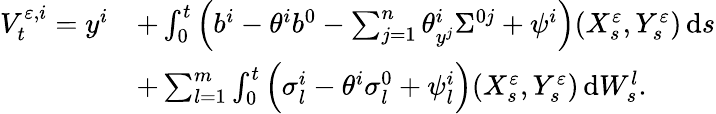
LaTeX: \begin{array}{rl}{V_{t}^{\varepsilon,i}=y^{i}}&{+\int_{0}^{t}\Big(b^{i}-\theta^{i}b^{0}-\sum_{j=1}^{n}\theta_{y^{j}}^{i}\Sigma^{0j}+\psi^{i}\Big)(X_{s}^{\varepsilon},Y_{s}^{\varepsilon})\, \mathrm{d}s}\\ &{+\sum_{l=1}^{m}\int_{0}^{t}\Big(\sigma_{l}^{i}-\theta^{i}\sigma_{l}^{0}+\psi_{l}^{i}\Big)(X_{s}^{\varepsilon},Y_{s}^{\varepsilon})\, \mathrm{d}W_{s}^{l}.}\end{array}